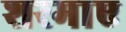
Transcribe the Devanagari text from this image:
शरमाए